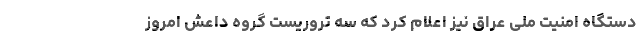
دستگاه امنیت ملی عراق نیز اعلام کرد که سه تروریست گروه داعش امروز